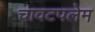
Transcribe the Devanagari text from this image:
चावटपलेम